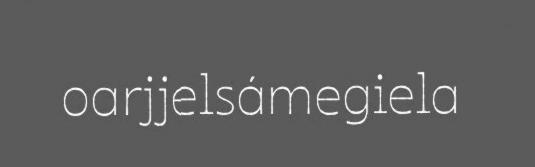
oarjjelsámegiela